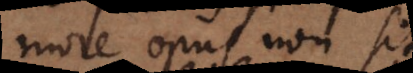
more opus non sit.